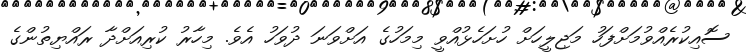
ސޮއިކުރެއްވުމަށްފަހު މަޖިލީހަށް ހުށަހެޅުއްވީ މިމަހުގެ އަށްވަނަ ދުވަހު އެވެ. މިހާރު ކުރިއަށްދާ ރައްޔިތުންގެ